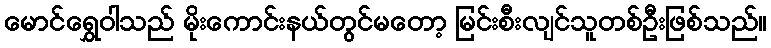
မောင်ရွှေဝါသည် မိုးကောင်းနယ်တွင်မတော့ မြင်းစီးလျင်သူတစ်ဦးဖြစ်သည်။